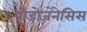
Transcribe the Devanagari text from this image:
पीडोज़ेनेसिस